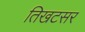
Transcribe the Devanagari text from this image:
तिखटसर